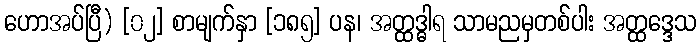
ဟောအပ်ပြီ) [၀၂] စာမျက်နှာ [၁၈၅] ပန၊ အတ္ထဒ္ဓါရ သာမညမှတစ်ပါး အတ္ထဒ္ဒေသ